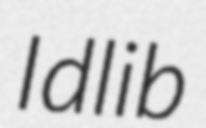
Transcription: Idlib